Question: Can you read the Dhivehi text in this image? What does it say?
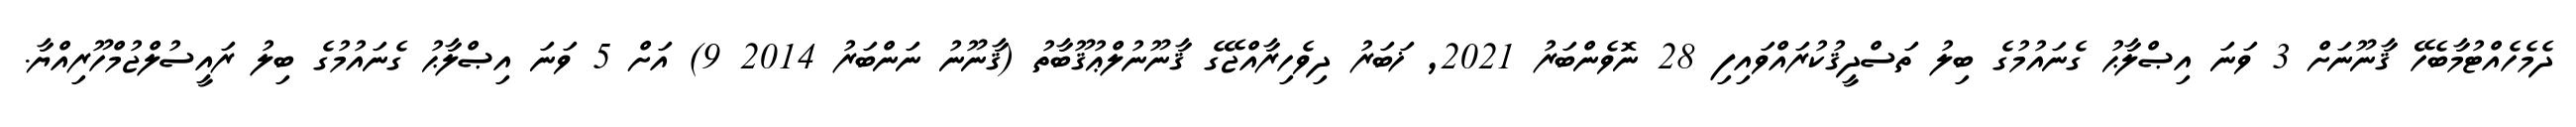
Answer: ދެމެހެއްޓުމާބެހޭ ޤާނޫނަށް 3 ވަނަ އިޞްލާޙު ގެނައުމުގެ ބިލު ތަސްދީޤުކުރައްވައިފި 28 ނޮވެންބަރު 2021, ޚަބަރު ދިވެހިރާއްޖޭގެ ޤާނޫނުލްޢުޤޫބާތު (ޤާނޫނު ނަންބަރު 2014 9) އަށް 5 ވަނަ އިޞްލާޙު ގެނައުމުގެ ބިލު ރައީސުލްޖުމްހޫރިއްޔާ.